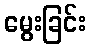
မွေးခြင်း